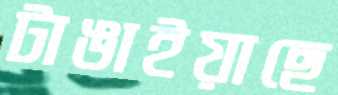
টাঙাইয়াছে